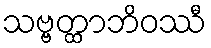
သဗ္ဗတ္ထာဘိဝဿီ